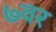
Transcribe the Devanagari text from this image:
७वर